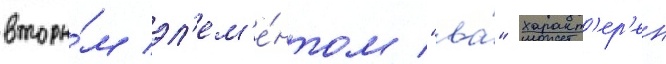
вторы́м эл'ем'е́нтом "ва́" характ'ер'ен